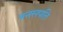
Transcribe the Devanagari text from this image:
बनसपति